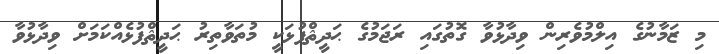
މި ޒަމާނުގެ އިލްމުވެރިން ވިދާޅުވާ ގޮތުގައި ރަޖަމުގެ ޙަދީޘްފުޅަކީ މުތަވާތިރު ޙަދީޘްފުޅެއްކަމަށް ވިދާޅުވާ